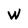
Character: W